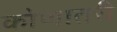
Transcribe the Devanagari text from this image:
कोणातरी